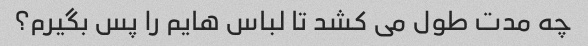
چه مدت طول می کشد تا لباس هایم را پس بگیرم؟